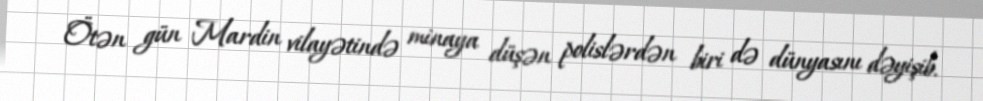
Ötən gün Mardin vilayətində minaya düşən polislərdən biri də dünyasını dəyişib.